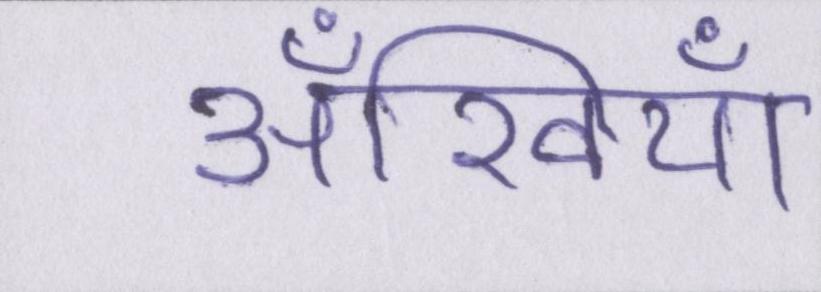
अँखियाँ